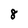
Character: 8